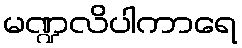
မဏ္ဍလိပါကာရေ